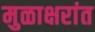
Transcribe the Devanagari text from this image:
मुळाक्षरांत